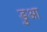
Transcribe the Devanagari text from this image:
ङुआ